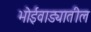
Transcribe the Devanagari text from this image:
भोईवाड्यातील